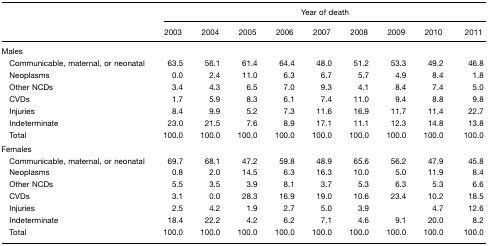
|  | <COLSPAN=9> Year of death |
 |  | 2003 | 2004 | 2005 | 2006 | 2007 | 2008 | 2009 | 2010 | 2011 |
 | --- | --- | --- | --- | --- | --- | --- | --- | --- | --- |
 | <COLSPAN=10> Males |
 | Communicable, maternal, or neonatal | 63.5 | 56.1 | 61.4 | 64.4 | 48.0 | 51.2 | 53.3 | 49.2 | 46.8 |
 | Neoplasms | 0.0 | 2.4 | 11.0 | 6.3 | 6.7 | 5.7 | 4.9 | 8.4 | 1.8 |
 | Other NCDs | 3.4 | 4.3 | 6.5 | 7.0 | 9.3 | 4.1 | 8.4 | 7.4 | 5.0 |
 | CVDs | 1.7 | 5.9 | 8.3 | 6.1 | 7.4 | 11.0 | 9.4 | 8.8 | 9.8 |
 | Injuries | 8.4 | 9.9 | 5.2 | 7.3 | 11.6 | 16.9 | 11.7 | 11.4 | 22.7 |
 | Indeterminate | 23.0 | 21.5 | 7.6 | 8.9 | 17.1 | 11.1 | 12.3 | 14.8 | 13.8 |
 | Total | 100.0 | 100.0 | 100.0 | 100.0 | 100.0 | 100.0 | 100.0 | 100.0 | 100.0 |
 | <COLSPAN=10> Females |
 | Communicable, maternal, or neonatal | 69.7 | 68.1 | 47.2 | 59.8 | 48.9 | 65.6 | 56.2 | 47.9 | 45.8 |
 | Neoplasms | 0.8 | 2.0 | 14.5 | 6.3 | 16.3 | 10.0 | 5.0 | 11.9 | 8.4 |
 | Other NCDs | 5.5 | 3.5 | 3.9 | 8.1 | 3.7 | 5.3 | 6.3 | 5.3 | 6.6 |
 | CVDs | 3.1 | 0.0 | 28.3 | 16.9 | 19.0 | 10.6 | 23.4 | 10.2 | 18.5 |
 | Injuries | 2.5 | 4.2 | 1.9 | 2.7 | 5.0 | 3.9 |  | 4.7 | 12.6 |
 | Indeterminate | 18.4 | 22.2 | 4.2 | 6.2 | 7.1 | 4.6 | 9.1 | 20.0 | 8.2 |
 | Total | 100.0 | 100.0 | 100.0 | 100.0 | 100.0 | 100.0 | 100.0 | 100.0 | 100.0 |